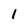
Character: 1